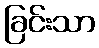
ခြင်းသာ